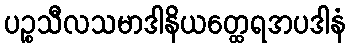
ပဉ္စသီလသမာဒါနိယတ္ထေရအပဒါနံ